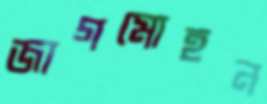
জাগমোহন